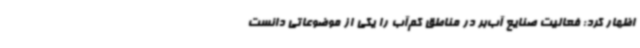
اظهار کرد: فعالیت صنایع آب‌بر در مناطق کم‌آب را یکی از موضوعاتی دانست